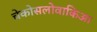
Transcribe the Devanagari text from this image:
चेकोसलोवाकिआ